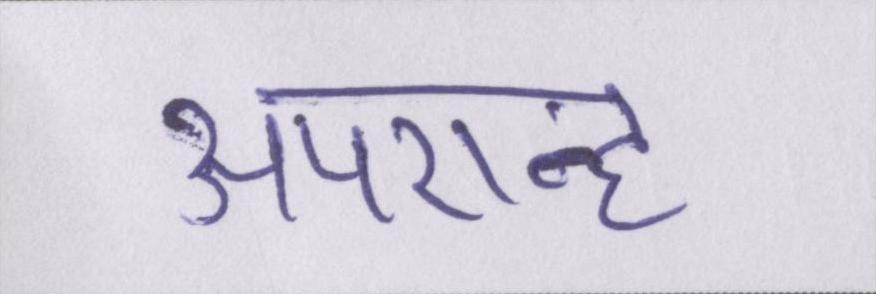
अपरान्ह